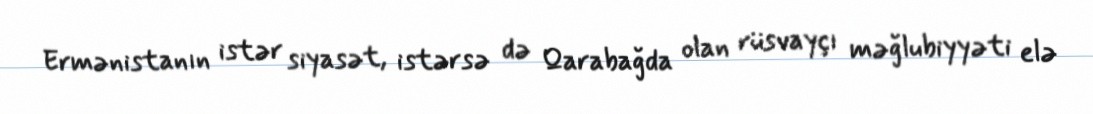
Ermənistanın istər siyasət, istərsə də Qarabağda olan rüsvayçı məğlubiyyəti elə